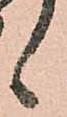
候